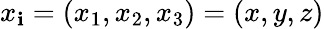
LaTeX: x_{\mathbf{i}}=(x_{1},x_{2},x_{3})=(x,y,z)